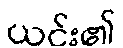
ယင်း၏